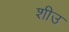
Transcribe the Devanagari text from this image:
शीउ